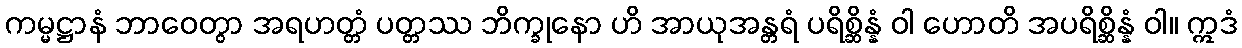
ကမ္မဋ္ဌာနံ ဘာဝေတွာ အရဟတ္တံ ပတ္တဿ ဘိက္ခုနော ဟိ အာယုအန္တရံ ပရိစ္ဆိန္နံ ဝါ ဟောတိ အပရိစ္ဆိန္နံ ဝါ။ ဣဒံ